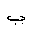
Letter: _ba